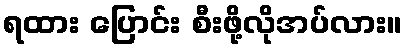
ရထား ပြောင်း စီးဖို့လိုအပ်လား။